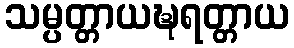
သမ္ပတ္တာယဍ္ဎရတ္တာယ